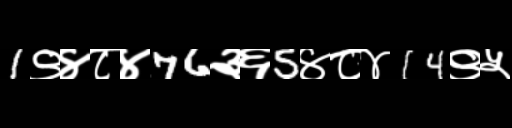
Text: 1९४८४76३६5४८४14९५